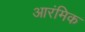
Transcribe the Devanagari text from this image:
आरंमिक